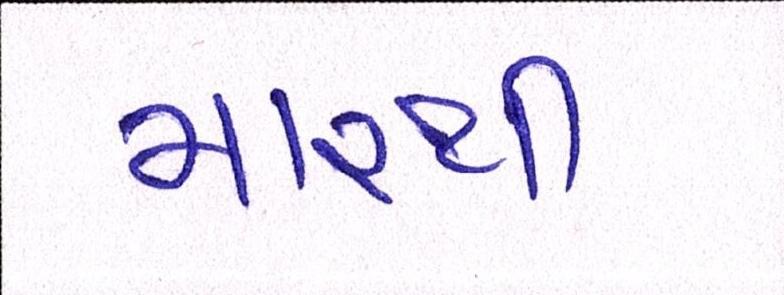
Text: મારથી